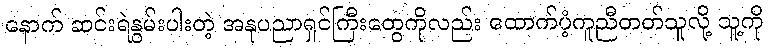
နောက် ဆင်းရဲနွမ်းပါးတဲ့ အနုပညာရှင်ကြီးတွေကိုလည်း ထောက်ပံ့ကူညီတတ်သူလို့ သူ့ကို